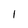
Character: l